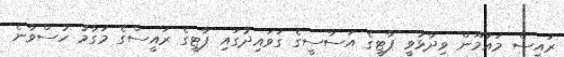
ރައީސް މައުމޫން ވިދާޅުވީ ޕާޓީގެ އަސާސީގެ ގަވައިދުގައި ޕާޓީގެ ރައީސްގެ މަގާމު ހުސްވާނެ